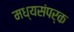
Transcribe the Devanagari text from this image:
मध्यसंपर्क